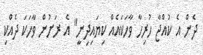
ދެން އެ ކުއްޖާ ހުރިހާ ވާހަކައެއް ކިޔައިދިނީ" އެ ރަށުން ވާހަކަ ދެއްކި